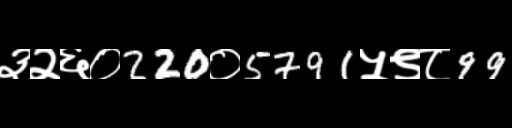
Text: ३२६०220०5791५९८99